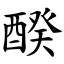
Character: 䤆